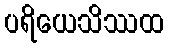
ပရိယေသိဿထ